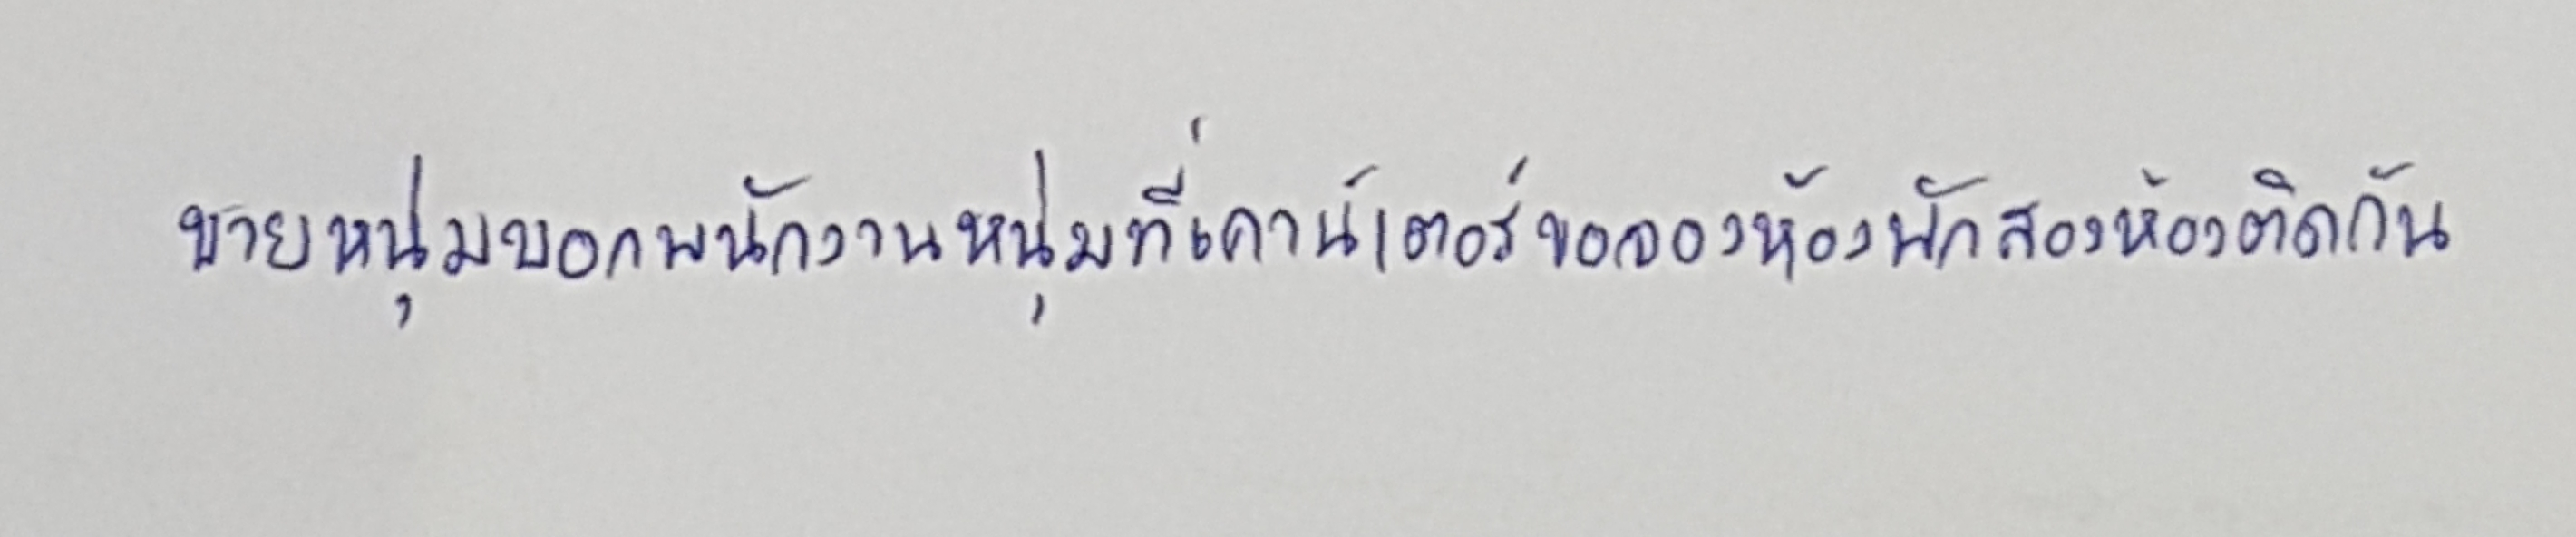
ชายหนุ่มบอกพนักงานหนุ่มที่เคาน์เตอร์ขอจองห้องพักสองห้องติดกัน